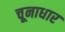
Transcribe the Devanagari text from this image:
चूनाधार